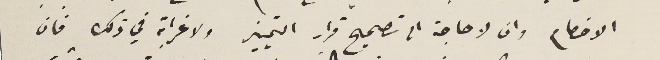
الاخصام وان لا حاجة الى تصحيح قرار التمييز ولا غرابة في ذلك فان